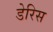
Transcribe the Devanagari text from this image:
डेरिस